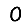
Digit: 0